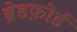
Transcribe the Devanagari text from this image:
ब्रेडफ़ोर्ड